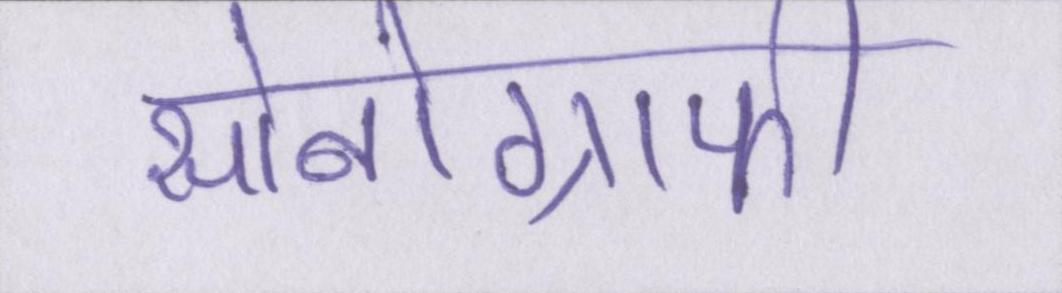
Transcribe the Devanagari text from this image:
सोनोग्राफी